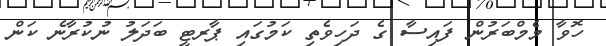
ހޮވާ މެމްބަރުން ފައިސާ ގެ ދަހިވެތި ކަމުގައި ޕާރޓީ ބަދަލު ނުކުރާނެ ކަން